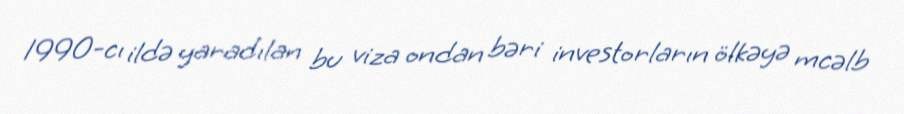
1990-cı ildə yaradılan bu viza ondan bəri investorların ölkəyə mcəlb